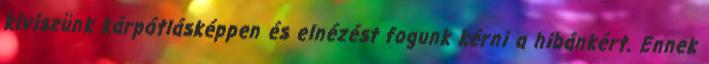
kiviszünk kárpótlásképpen és elnézést fogunk kérni a hibánkért. Ennek